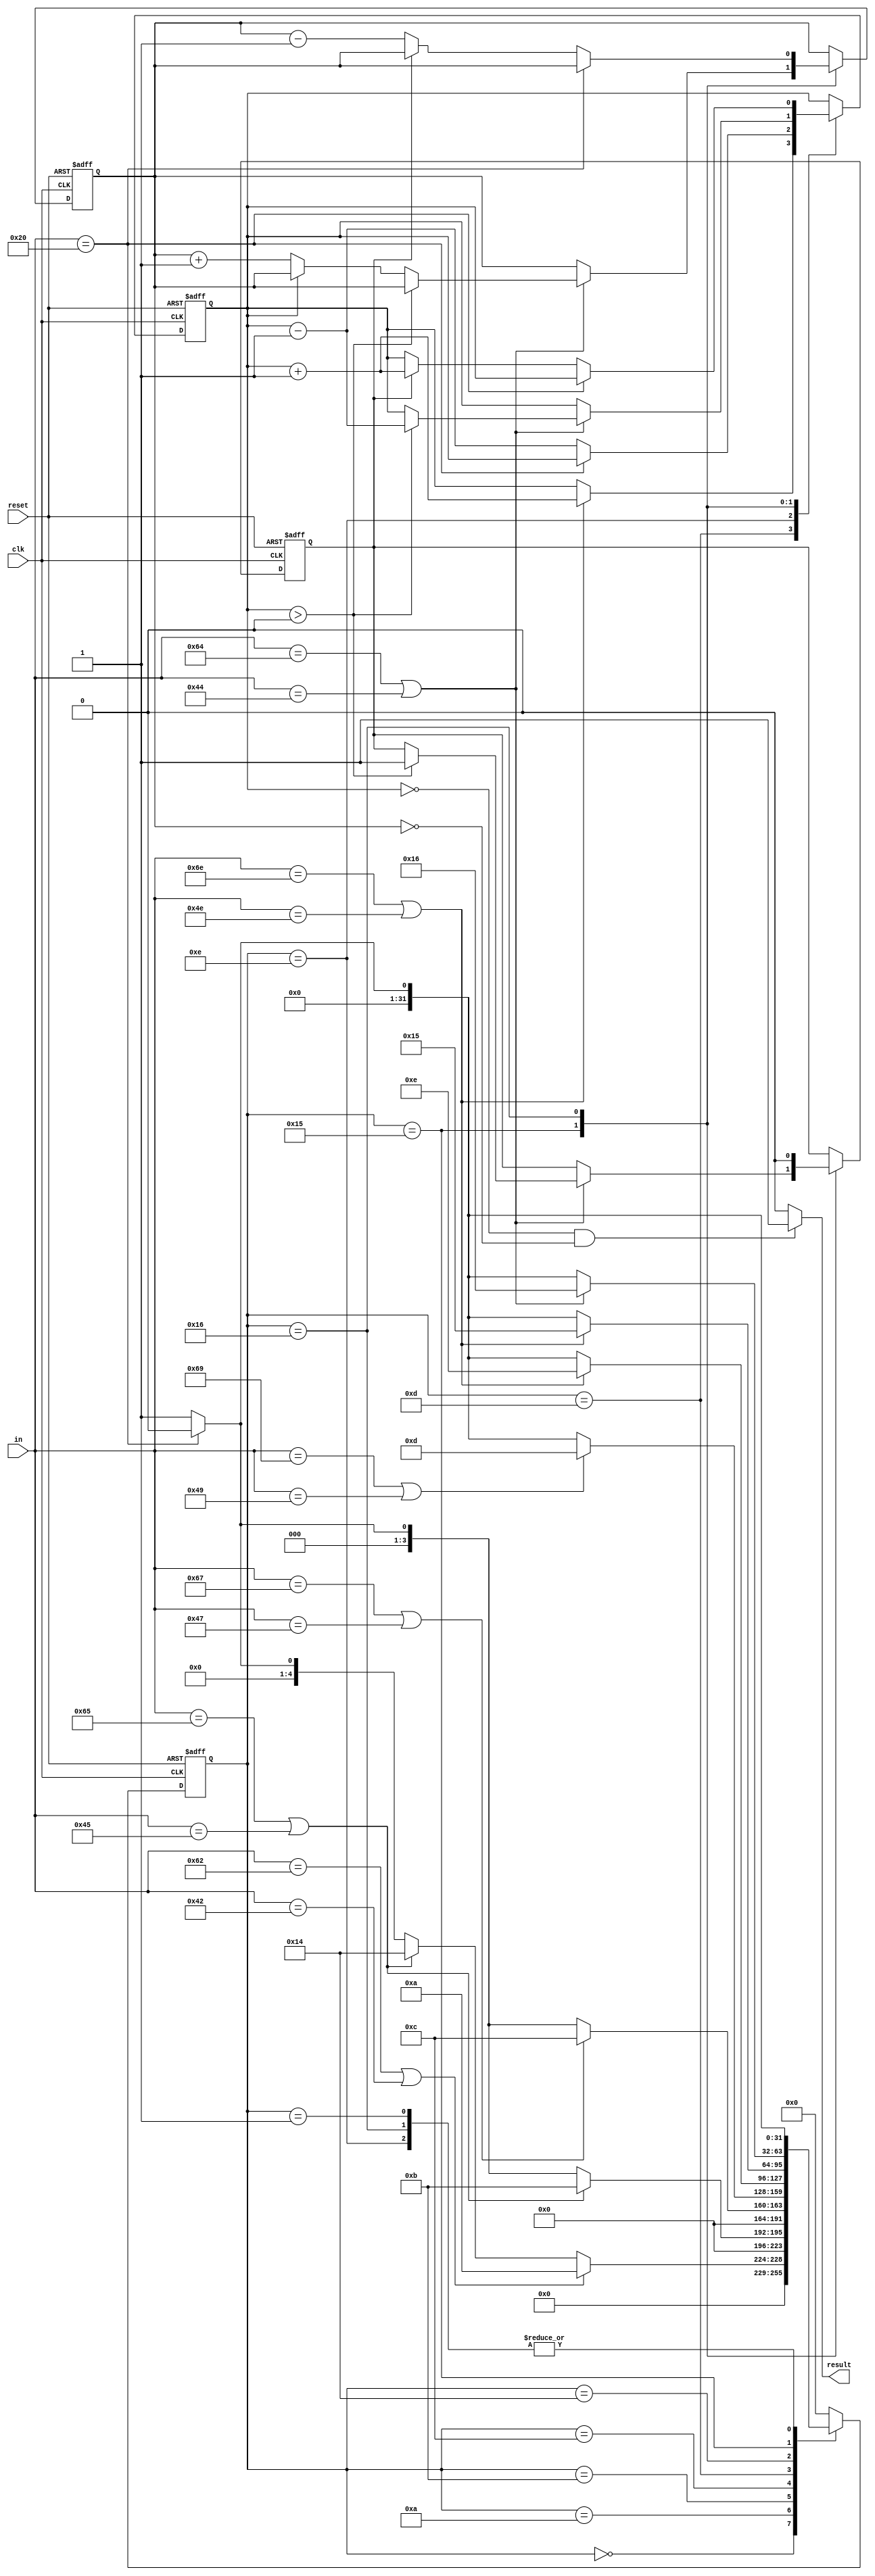
`timescale 1ns / 1ps
//////////////////////////////////////////////////////////////////////////////////
// Company: 
// Engineer: 
// 
// Design Name: 
// Module Name:    BlockChecker 
// Project Name: 
// Target Devices: 
// Tool versions: 
// Description: 
//
// Dependencies: 
//
// Revision: 
// Revision 0.01 - File Created
// Additional Comments: 
//
//////////////////////////////////////////////////////////////////////////////////
module BlockChecker(
    input clk,
    input reset,
    input [7:0] in,
    output result
    );


reg beginc, endc, gre;

initial 
begin
	beginc = 0;
	endc = 0;
	gre = 0;
end

assign result = (beginc == 0 && endc == 0)? 1 : 0;

wire sym;
assign sym = ((in >= "a" && in <= "z" && in != "e" && in != "b") || (in >= "A" && in <= "Z" && in != "E" && in != "B"))? 1 : 0;

integer state = 0;
always @(posedge clk or posedge reset)
begin  
	if(reset)begin
		state <= 0;
		beginc <= 0;
		endc <= 0;
		gre <= 0;
	end
	else begin
		case(state)
		0:begin
			if(in == "b" || in == "B")begin
				state <= 10;
			end
			else if(in == "e"|| in == "E")begin
				state <= 20;
			end
			else if(in == " ")begin
				state <= 0;
			end
			else begin
				state <= 1;
			end
		end
		1:begin
			if(in == " ")begin
				state <= 0;
			end
			else begin
				state <= 1;
			end
		end
			10:begin 
				if(in == "e" || in == "E")begin
					state <= 11;
				end
				else if(in == " ")begin
					state <= 0;
				end
				else begin
					state <= 1;
				end
			end
			11:begin
				if(in == "g" || in == "G")begin
					state <= 12;
				end
				else if(in == " ")begin
					state <= 0;
				end
				else begin
					state <= 1;
				end
			end
			12:begin
				if(in == "i" || in == "I")begin
					state <= 13;
				end
				else if(in == " ")begin
					state <= 0;
				end
				else begin
					state <= 1;
				end
			end
			13:begin
				if(in == "n" || in == "N")begin
					state <= 14;
					beginc <= beginc + 1;
				end
				else if(in == " ")begin
					state <= 0;
				end
				else begin
					state <= 1;
				end
			end
			14:begin
				if(in == " ")begin
					state <= 0;
				end
				else begin
					state <= 1;
					beginc <= beginc - 1;
				end
			end
			20:begin
				if(in == "n" || in == "N")begin
					state <= 21;
				end
				else if(in == " ")begin
					state <= 0;
				end
				else begin
					state <= 1;
				end
			end
			21:begin
				if(in == "d" || in == "D")begin
					state <= 22;
					if(beginc > 0)begin
						gre <= 1;
						beginc <= beginc - 1;
					end
					else if(beginc == 0) begin
						endc <= endc + 1;
					end
				end
				else if(in == " ")begin
					state <= 0;
				end
				else begin
					state <= 1;
				end
			end
			22:begin
				if(in == " ")begin
					state <= 0;
					gre <= 0;
				end
				else begin
					state <= 1;
					if(gre == 1)begin
						gre <= 0;
						beginc <= beginc + 1;
					end
					else begin
						endc <= endc - 1;
					end
				end
			
			end
			default:
			begin
				state <= 0;
			end
			endcase
		end
		

end

endmodule